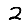
Digit: 2